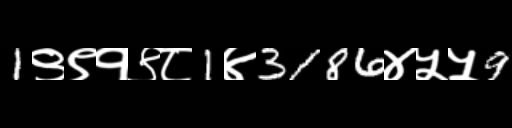
Text: 1९९१९८1४3186४५५9